Vaccination in Bombay 1913-1923 - 1913-1923
Year: 1913
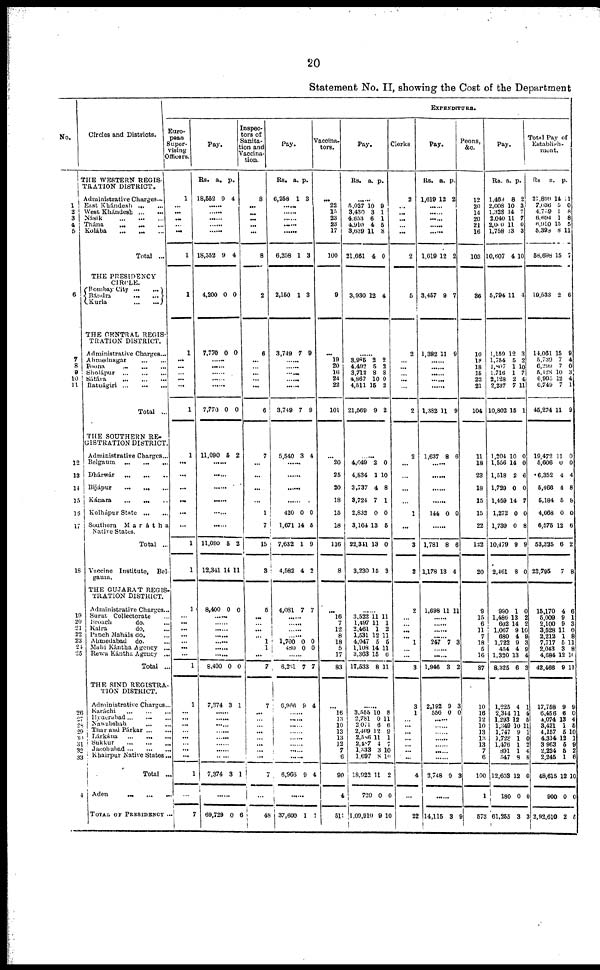
20
Statement No. II, showing the Cost of the Department
No.
1 2
3
4
5
6
7
8
9
10
11
12
13
14
15
16
17
18
19
20
21
22
23
24
25
26
27 28
29
30
31
32
33
4
Circles and Districts.
THE WESTERN REGIS
TRATION DISTRICT.
Administrative Charges...
East Khánđesh
...
...
West Khándesh
...
Násik
Thána
...
...
...
Kolába
...
... ...
Total ...
THE PRESIDENCY
CIRCLE.
Bombay City
...
...
Bándra
...
...
Kurla
...
...
THE CENTRAL REGIS
TRATION DISTRICT.
Administrative Charges...
Ahmednagar
...
...
Poona ... ... ...
Sholápur
...
...
...
Sátára
...
...
...
Ratnágiri
...
...
...
Total ...
THE SOUTHERN RE
GISTRATION DISTRICT.
Administrative Charges...
Belgaum
... ... ...
Dhárwár
...
...
...
Bijápur
...
... ...
Kánara
... ... ...
Kolhápur State ...
Southern
Marátha
Native States.
Total ...
Vaccine Institute, Bel¬
gaum.
THE GUJARÁT REGIS
TRATION DISTRICT.
Administrative Charges...
Surat Collectorate ...
Broach
do. ...
Kaira
do. ...
Panch Maháls do. ...
Ahmedabad
do. ...
Mahi Kántha Agency ...
Rewa Kántha Agency ...
Total ...
THE SIND REGISTRA
TION DISTRICT.
Administrative Charges ...
Karáchi
...
...
...
Hyderabad ... ... ...
Nawabshah
...
...
Thar and Párkar ... ...
Lárkána
...
...
...
Sukkur ... ... ...
Jacobabad
...
...
...
Khairpur Native States ...
Total ...
Aden
...
...
...
TOTAL OF PRESIDENCY ...
EXPENDITURE.
Euro
pean
Super
vising
Officers.
1
...
...
...
...
...
1
1
1
...
...
...
...
...
1
1
...
...
...
...
...
...
1
1
1
...
...
...
...
... ...
...
1
1
...
... ...
... ...
...
...
...
1
...
7
Pay.
Rs.
18,552
a.
9
p.
4
......
......
......
......
......
18,552 9 4
4,200 0 0
7,770 0 0
......
......
......
......
......
7,770 0 0
11,090 5 2
......
......
......
......
......
......
11,090
12,341
5
14
2
11
8,400 0 0
......
......
......
......
......
...... ......
8,400 0 0
7,374 3 1
...... ......
......
......
......
......
......
......
7,374 3 1
......
69,729 0 6
Inspec¬
tors of
Sanita¬
tion and
Vaccina
tion.
8
...
...
...
...
...
8
2
6
...
...
...
...
...
6
7
...
...
...
...
1
7
15
3
5
...
...
...
...
1
1
...
7
7
...
...
... ...
... ...
...
...
7
...
48
Pay.
Rs.
6,258
a.
1
p.
3
......
......
......
......
......
6,258 1 3
2,150 1 3
3,749 7 9
......
...... ......
......
......
3,749 7 9
5,540 3 4
......
......
......
......
420
1,671
7,632
4,582
0
14
1
4
0
5
9
2
4,081 7 7
......
......
......
.....
1,700
480
0
0
0
0
......
6,261 7 7
6,966 9 4
......
......
......
......
......
......
......
......
6,966 9 4
......
37,600 1 1
Vaccina¬
tors.
...
22
15
23
23
17
100
9
...
19
20
16
24
22
101
...
20
25
20
18
15
18
116
8
...
16
7
12
8
18
5
17
83
...
16
13
10
13
13
12
7
6
90
4
51
Pay.
Rs.
a. p.
......
5,027
3,430
4,653
4,910
3,639
21,661
10
3
6 4
11
4
9
1
1
5
8
0
3,930 12 4
3,985
4,492
3,712
4,867
4,511
21,569
2
5
8
10
15
9
2
2
8
0
2
2
......
4,049
4,834
3,737
3,724
2,833
3,164
22,341
3,230
2
1
4
7
0
13
13
15
0
10
8
1
0
5
0
3
......
3,522
1,497
2,461
1,531
4,047
1,108
3,363
17,533
11
11
1
12
5
14
15
8
11
1
2
11
5
11
6
11
......
3,555
2,781
2,071
2,409
2,586
2,487
1,333
1,697
18,922
720
1,09,910
10
0
6
12
11
4
3
8
11
0
9
8
11
6
9
1
7
10
10
2
0
10
Clerks
2
... ...
...
...
...
2
5
2
...
...
...
...
...
2
2
...
...
...
...
1
...
3
3
2
...
...
...
... 1
... ...
3
3
1
...
...
...
...
...
...
...
4
...
22
Pay.
Rs.
1,619
a.
12
p.
2
...... ......
......
......
......
1,619 12 2
3,457 9 7
1,382 11 9
......
......
......
......
......
1,382 11 9
1,637 8 6
......
......
......
......
144 0 0
......
1,781
1,178
8
13
6
4
1,698 11 11
......
......
......
...... 247 7 3
...... ......
1,946 3 2
2,192
556
9
0
3
0
......
......
......
......
...... ......
......
2,748 9
3
......
14,115 3 9
Peons,
&c.
12
20
14
20
21
16
103
36
10
18
18
15
22
21
104
11
18
23
18
15
15
22
122
20
9
15
6
11
7
18
5
16
87
10
16
12
10
13
13
13
7
6
100
1
573
Pay.
Rs.
1,469
2,008
1,328
2,040
2,000
1,758
10,607
a.
8
10
14
11
11
13
4
p.
2
3
7
7
0 3
10
5,794 11 4
1,159
1,754
1,807
1,716
2,128
2,237
10,802
12
5
1
1
2
7
15
3
2
10
7
4
11
1
1,204
1,556
1,518
1,729
1,459
1,272
1,739
10,479
2,461
10
14
2
0
14
0
0
9
8
0
0
6
0
7
0
8
9
0
990
1,486
602
1,067
680
1,722
454
1,320
8,325
1
13
14
9
4 9
4
13
6
0
2
2
10
9
3
9
4
3
1,225
2,344
1,293
1,349
1,747
1,728
1,476
891
547
12,603
180
61,255
4
11
12
10
9
1
1
1
8
12
0
3
1
4
5
11
1
0
2
4
8
0
0
3
Total Pay of
Establish¬
ment.
Rs
27,899
7,036
4,759
6,694
6,910
5,398
58,698
a.
14
5
1
1 15
8
15
p.
1
0
8
8
5
11
7
19,533 2 6
14,061
5,739
6,299
5,128
6,995
6,749
45,274
15
7 7
10
12
7
11
9
4
0
3
4
1
9
19,472
5,606
6,352
5,406
5,184
4,668
6,575
53,325
23,795
11
0
4
4
5
0
12
6
7
0
0
4
8
8
0
6
2
8
15,170
5,009
2,100
3,528
2,212
7,717
2,043
4,684
42,466
4
9
9
11
1
5
3
12
9
6
1
3
0
8
11
8
11
11
17,758
6,456
4,074
3,421
4,157
4,314
3,963
2,224
2,245
48,615
900
2,92,610
9
6
13
1
5
12
5 5
1
12
0
2
9
0
4
5
10
1
9
2
6
10
0
5